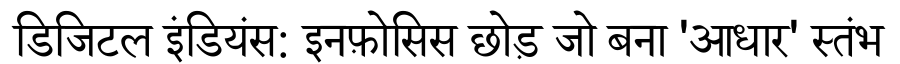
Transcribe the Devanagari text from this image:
डिजिटल इंडियंस: इनफ़ोसिस छोड़ जो बना 'आधार' स्तंभ